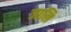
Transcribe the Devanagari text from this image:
जालि